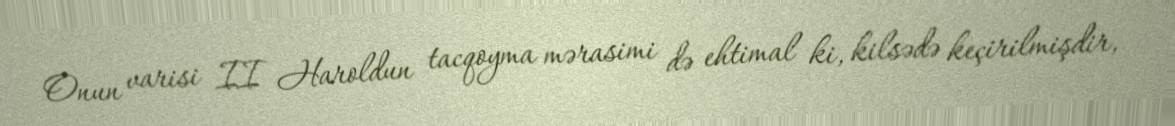
Onun varisi II Haroldun tacqoyma mərasimi də ehtimal ki, kilsədə keçirilmişdir,